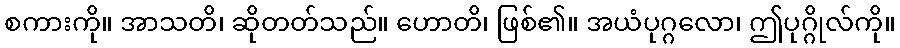
စကားကို။ အာသတိ၊ ဆိုတတ်သည်။ ဟောတိ၊ ဖြစ်၏။ အယံပုဂ္ဂလော၊ ဤပုဂ္ဂိုလ်ကို။